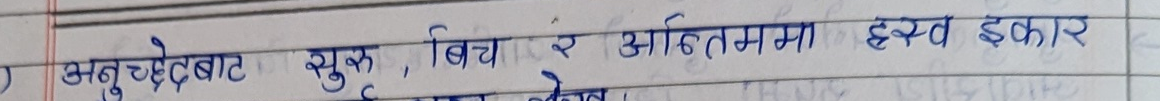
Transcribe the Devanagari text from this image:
अनुच्छेदबाट सुरू, बिच र आँठितमा ह्रस्व इकार